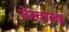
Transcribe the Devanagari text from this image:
जेस्वाल्ड